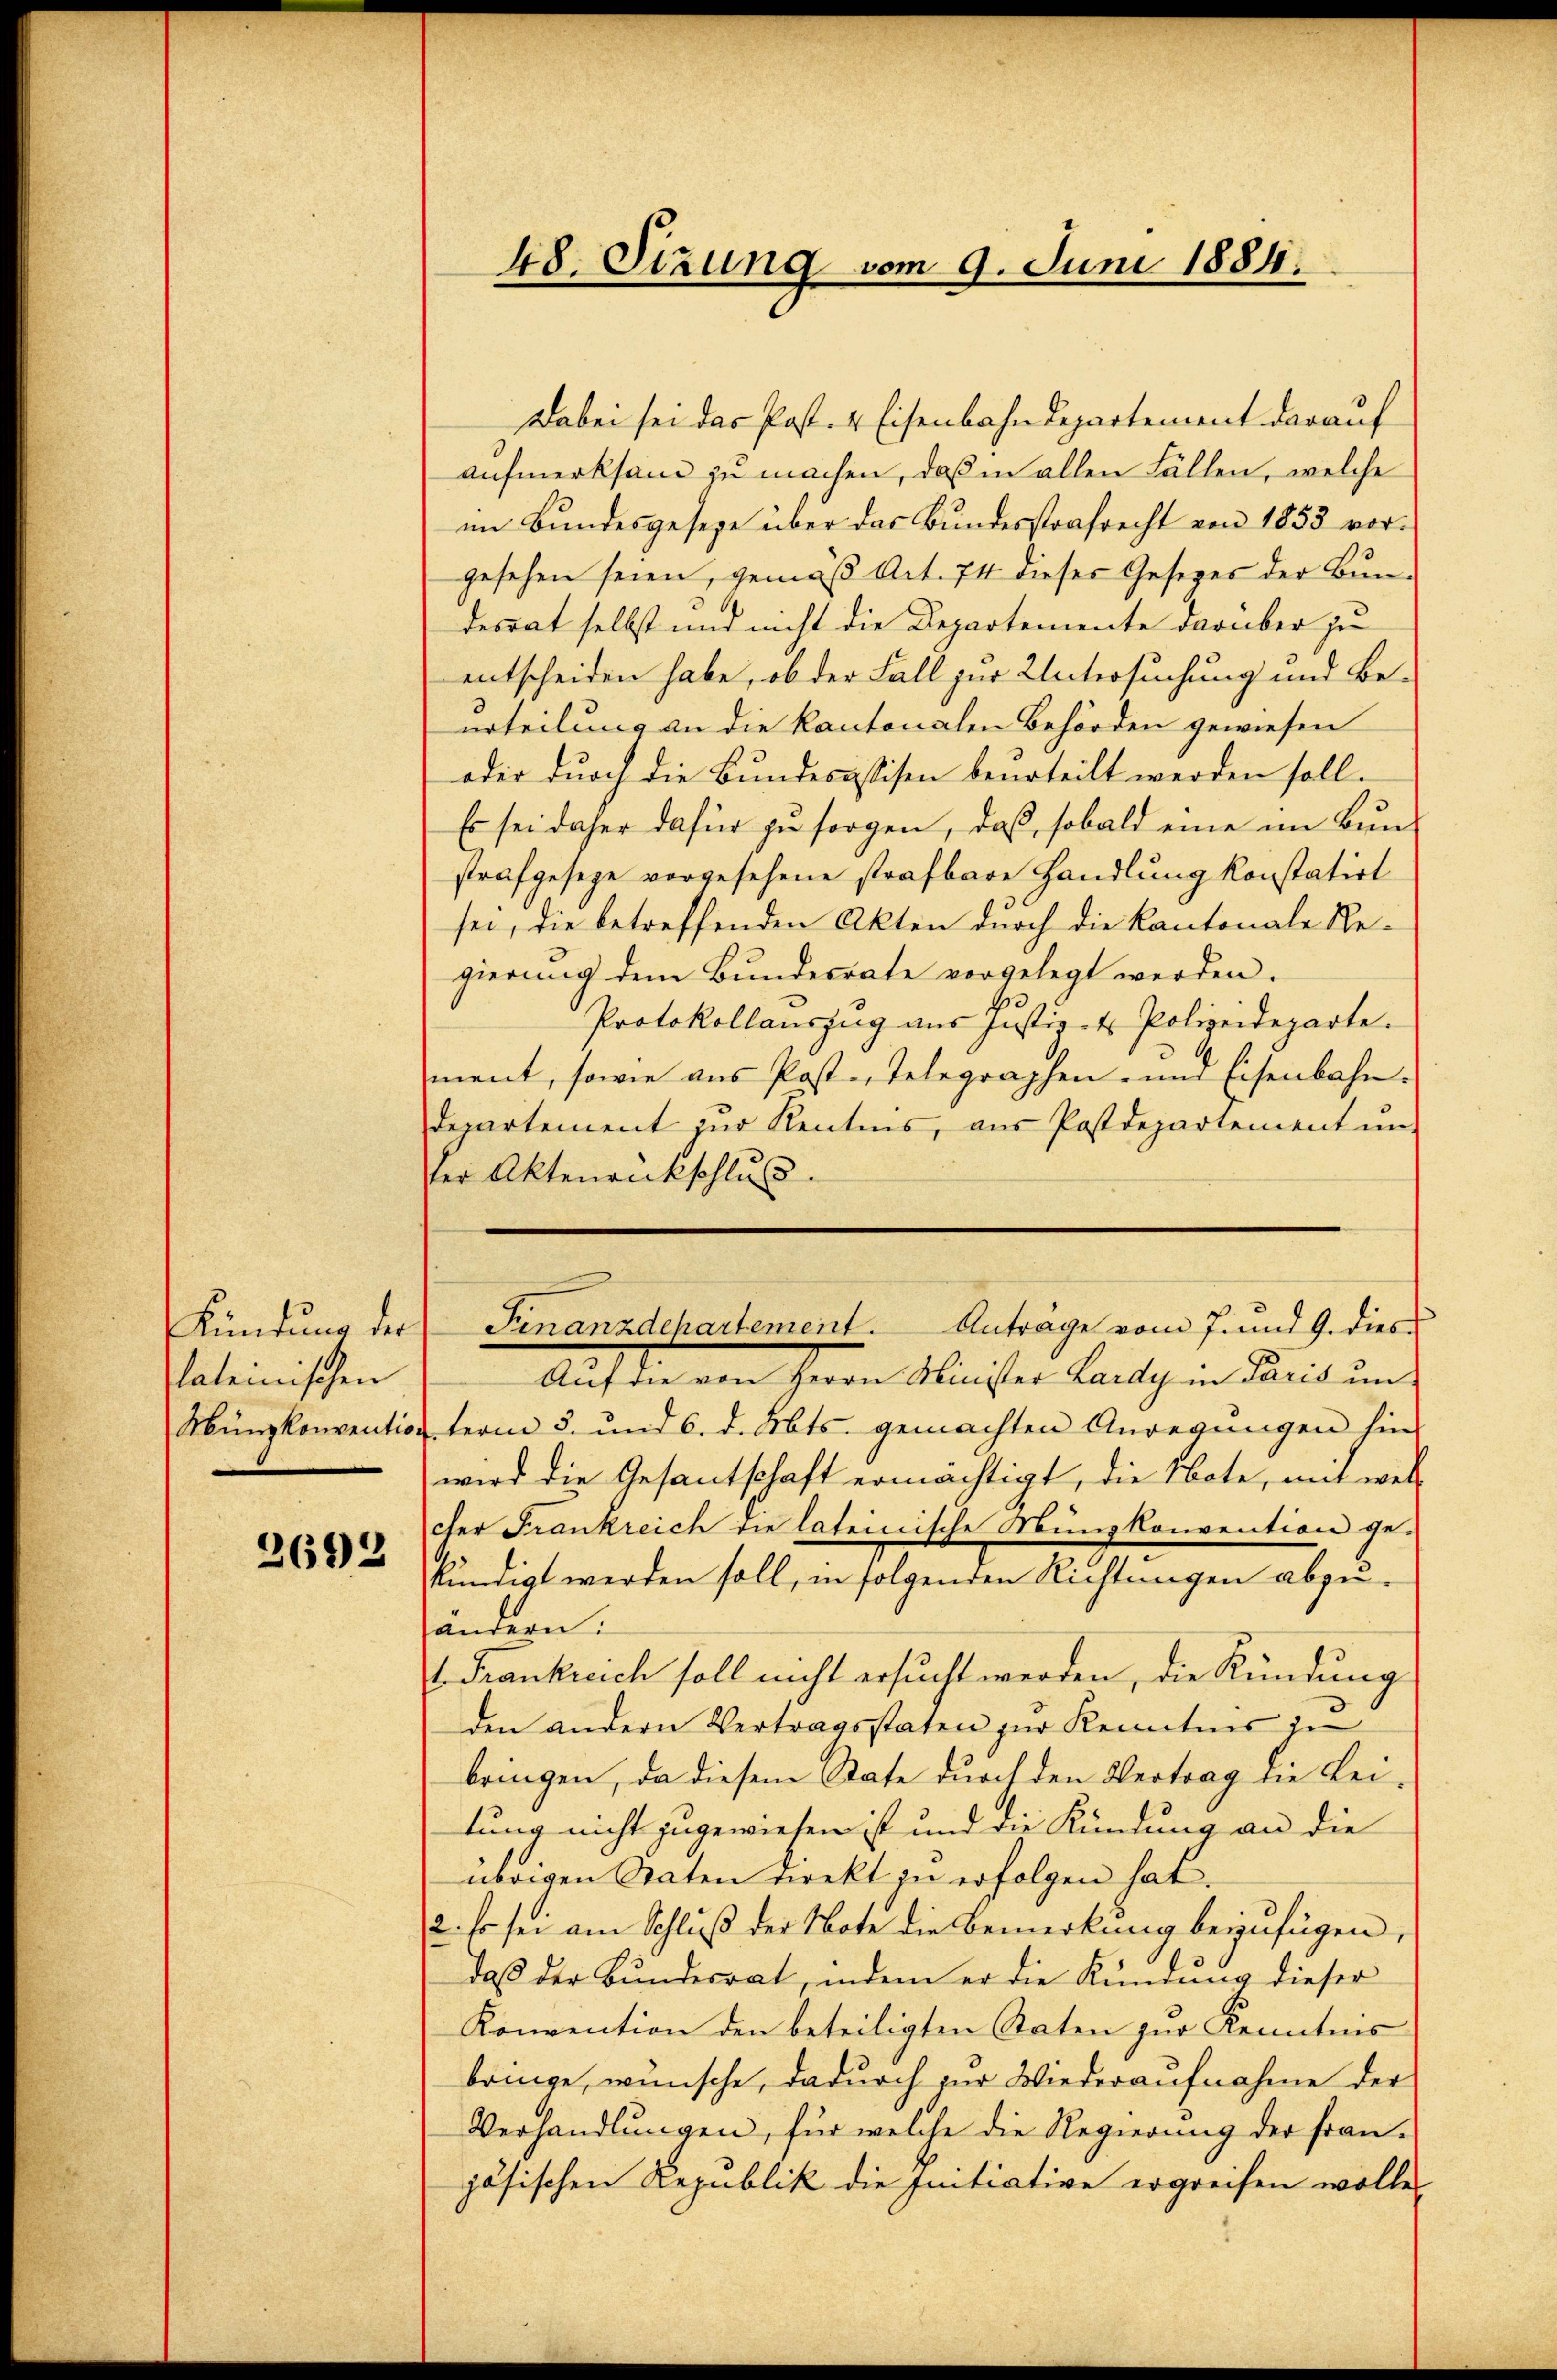
Kündung der
lateinischen
Münzkonvention

2692

48. Sizung vom 9. Juni 1884.

Dabei sei das Post. 4 Eisenbahndepartement darauf
aufmerksam zu machen, daß in allen Fällen, welche
im Bundesgeseze über das Bundesstrafrecht von 1853 vorgesehen seien, gemäß Art. 74 dieses Gesetzes der Bundesrat selbst und nicht die Departemente darüber ju
entscheiden habe, ob der Fall zur Untersuchung und Beurteilung an die kantonalen Behörden gewiesen
oder durch die Bundesassisen beurteilt werden soll.
Es sei daher dafür zu sorgen, daß, sobald eine im Bunstrafgeseze vorgesehene strafbare Handlung konstatirt
sei, die betreffenden Akten durch die Kantonale Re-
gierung dem Bundesrate vorgelegt werden.
Protokollauszug aus Justiz- & Polizeideparte.
ment, sowie ans Post-Telegraphen- und Eisenbahn.
departement zur Rentens, aus Postdepartement ŭn-
der Aktenankschluss.
Auf die von Herrn Minister Landig in Mais un
term 5. und 6. d. Mts. gemachten Anregungen hin-
wird die Gesantschaft ermächtigt, die Note, mit wel
cher Frankreich die lateinische Münzkonvention ge-
kündigt werden soll, in folgenden Richtungen abzu-
handern:
1. Frankreich soll nicht ersucht werden, die Kündung
den andern Vertragsstaten zur Kenntnis in
bringen, da diesem State durch den Vertrag die Leitung nicht zugewiesen ist und die Kündung an die
übrigen Raten direkt zu erfolgen hat.
2. Es sei am Schluß der Note die Bemerkung beizufügen,
daß der Bundesrat, indem er die Kündung dieser
Konvention den beteiligten Staten zur Kenntnis
bringe, wünsche, dadurch zur Wiederaufnahme der
Verhandlungen, für welche die Regierung der fran-
jösischen Republik die Initiative ergreifen wolle,

Finanzdchartement. Anträge vom 7. und 9. dies